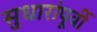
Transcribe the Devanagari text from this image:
सुधारांपूर्वी